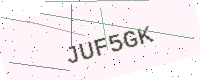
Text: JUF5GK